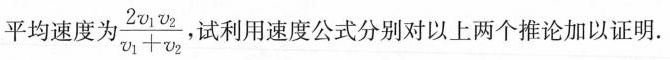
平均速度为 \frac{2v_{1}v_{2}}{v _{1}+ v_{2}} ，试利用速度公式分别对以上两个推论加以证明